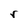
Character: r